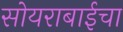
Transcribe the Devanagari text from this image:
सोयराबाईचा